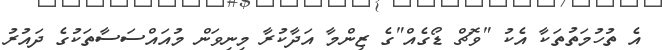
އެ ތުހުމަތުތަކާ އެކު "ވޮޗް ޑޯގެއް"ގެ ޒިންމާ އަދާކުރާ މިނިވަން މުއައްސަސާތަކުގެ ދައުރު